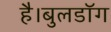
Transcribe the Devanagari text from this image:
है।बुलडॉग